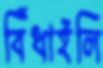
বিঁধাইলি